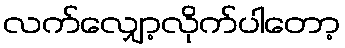
လက်လျှော့လိုက်ပါတော့